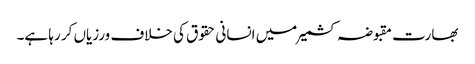
بھارت مقبوضہ کشمیر میں انسانی حقوق کی خلاف ورزیاں کر رہا ہے۔